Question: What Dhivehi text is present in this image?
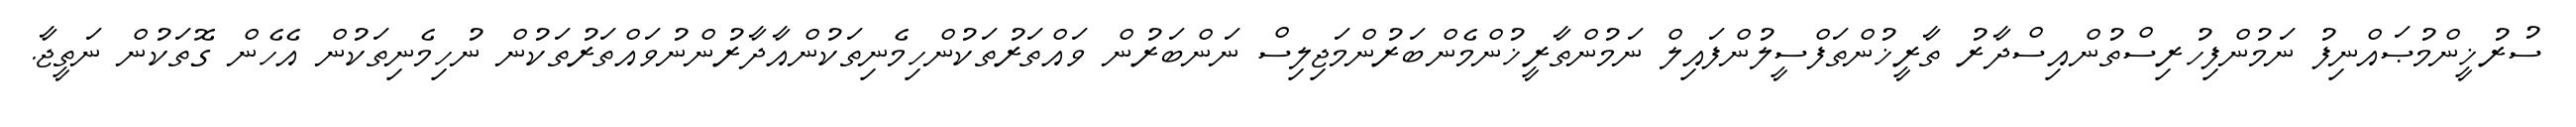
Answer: ސުރުޚީންމުޞައްނިފު ނަމުންފިހުރިސްތުންއިސްދާރު ތާރީޚުންތަފްސީލުންފައިލް ނަމުންތާރީޚުންމެންބަރުންމަޖިލިސް ނަންބަރުން ވައްތަރުތަކުންހިމެނިތަކުންއާދާރުންނުވައްތަރުތަކުން ނުހިމެނިތަކުން އެހެން ގޮތަކުން ނަތީޖާ.